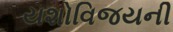
યશોવિજયની